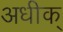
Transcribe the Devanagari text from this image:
अधीक्